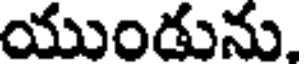
యుండును.